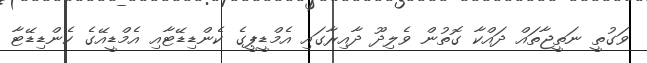
ވަގުތީ ނަތީޖާތައް ދައްކާ ގޮތުން ވެލިދޫ ދާއިރާގައި އެމްޑީޕީގެ ކެންޑިޑޭޓާއި އެމްޑީއޭގެ ކެންޑިޑޭޓާ